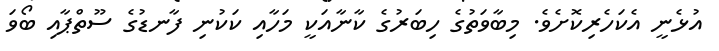
އުޅެނީ އެކަހެރިކޮށެވެ. މިބާވަތުގެ ހިބަރުގެ ކާނާއަކީ މަހާއި ކަކުނި ފާނޑުގެ ސޫތްޕާއި ބޯވަ